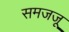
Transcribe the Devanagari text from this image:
समजजू